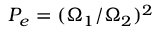
P _ { e } = ( \Omega _ { 1 } / \Omega _ { 2 } ) ^ { 2 }